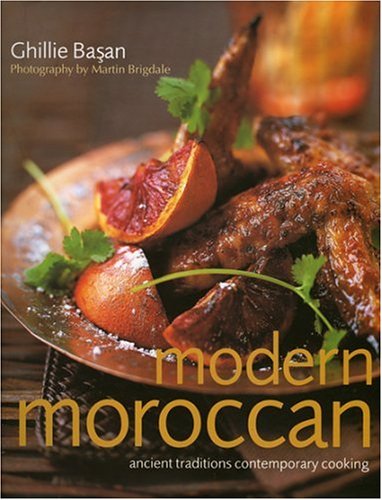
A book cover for Modern Moroccan: Ancient Traditions, Contemporary Cooking; Ghillie Basan; Cookbooks, Food & Wine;